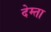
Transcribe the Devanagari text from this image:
देम्ता